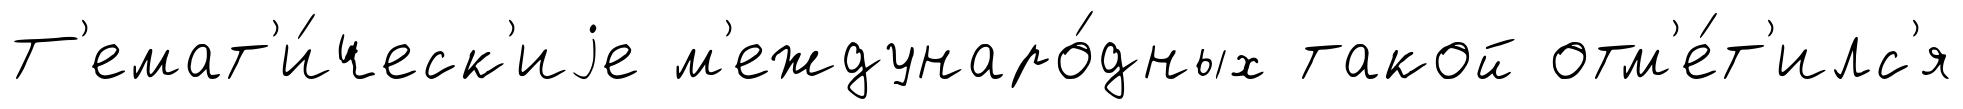
Т'емат'и́ческ'иjе м'еждунаро́дных такой отм'е́т'илс'я